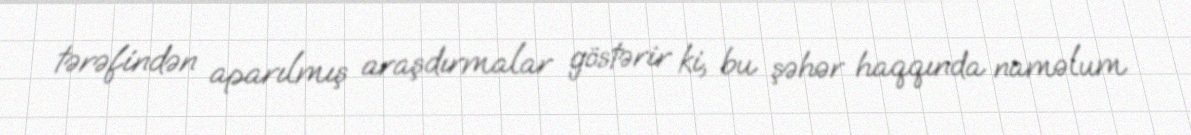
tərəfindən aparılmış araşdırmalar göstərir ki, bu şəhər haqqında naməlum